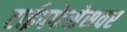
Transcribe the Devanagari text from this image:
टाईपफेसेसवर